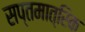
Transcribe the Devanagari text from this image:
सप्तमात्रिक